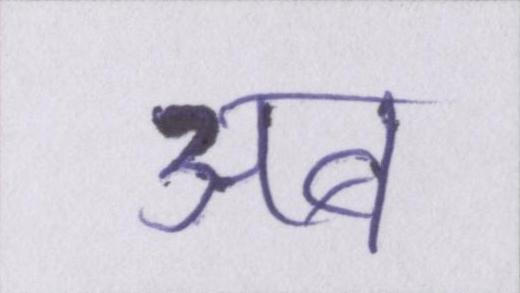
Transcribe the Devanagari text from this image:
अब